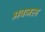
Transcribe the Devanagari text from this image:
अवजल